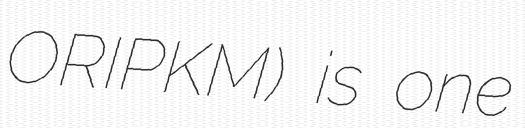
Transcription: ORIPKM) is one